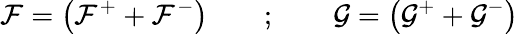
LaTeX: {\cal F}=\left({\cal F}^{+}+{\cal F}^{-}\right)\qquad;\qquad{\cal G}=\left({\cal G}^{+}+{\cal G}^{-}\right)